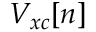
V _ { x c } [ n ]